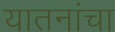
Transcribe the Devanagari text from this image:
यातनांचा